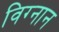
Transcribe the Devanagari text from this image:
विग्नान